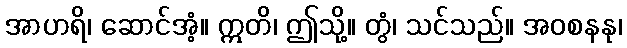
အာဟရိ၊ ဆောင်အံ့။ ဣတိ၊ ဤသို့။ တွံ၊ သင်သည်။ အဝစနနု၊